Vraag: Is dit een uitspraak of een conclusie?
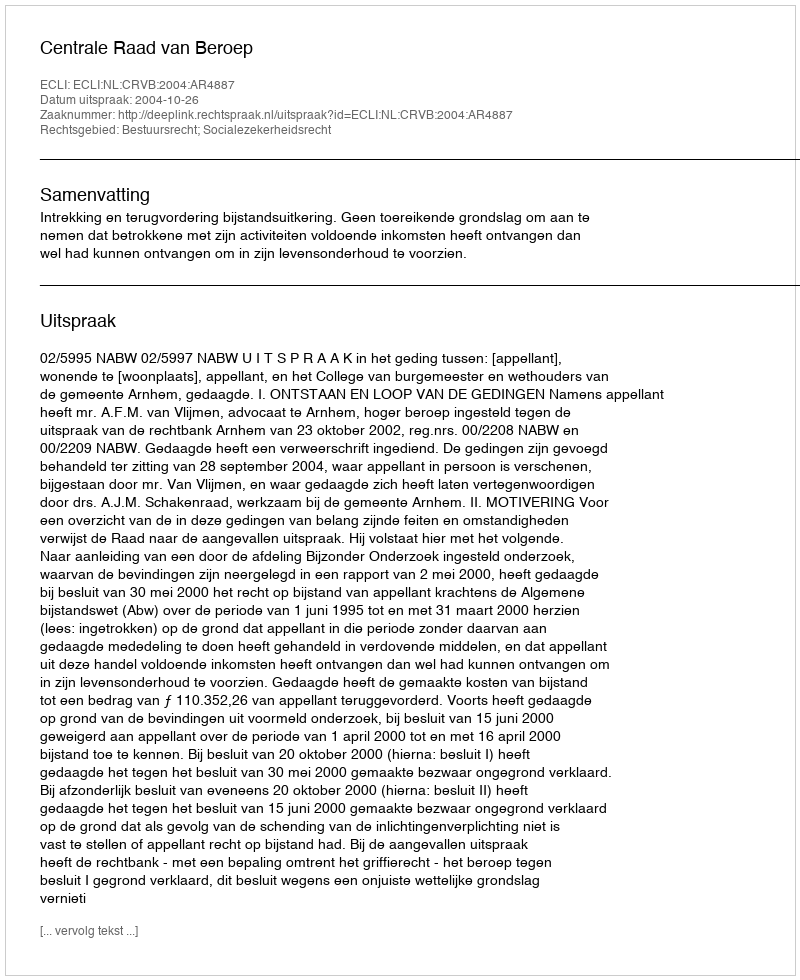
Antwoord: Uitspraak